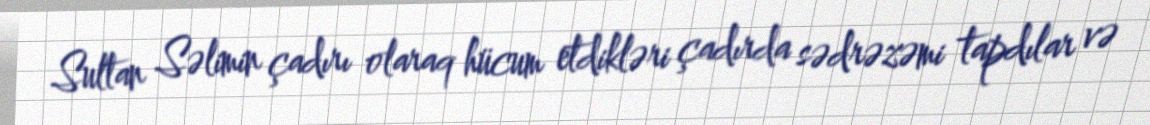
Sultan Səlimin çadırı olaraq hücum etdikləri çadırda sədrəzəmi tapdılar və